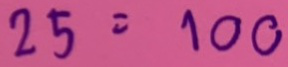
25 = 100